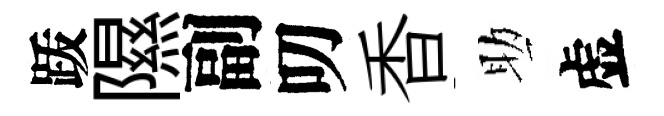
䟦隰副叨香助虚